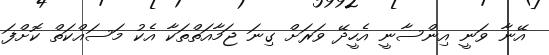
އޭނާ ވަނީ އިންސާނީ އެހީދޭ ވަރަށް ގިނަ ޖަމާއަތްތަކާ އެކު މަސައްކަތް ކޮށްފަ